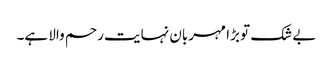
بے شک تو بڑا مہربان نہایت رحم والا ہے۔